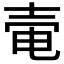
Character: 𡔩